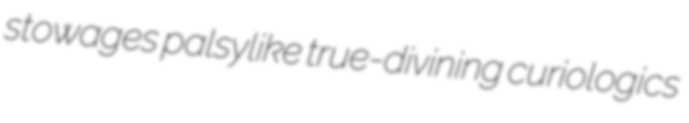
stowages palsylike true-divining curiologics